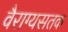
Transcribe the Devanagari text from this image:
वैराग्यसतक